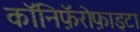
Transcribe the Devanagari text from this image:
कॉनिफ़ॅरोफ़ाइटा